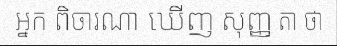
អ្នក ពិចារណា ឃើញ សុញ្ញ តា ថា